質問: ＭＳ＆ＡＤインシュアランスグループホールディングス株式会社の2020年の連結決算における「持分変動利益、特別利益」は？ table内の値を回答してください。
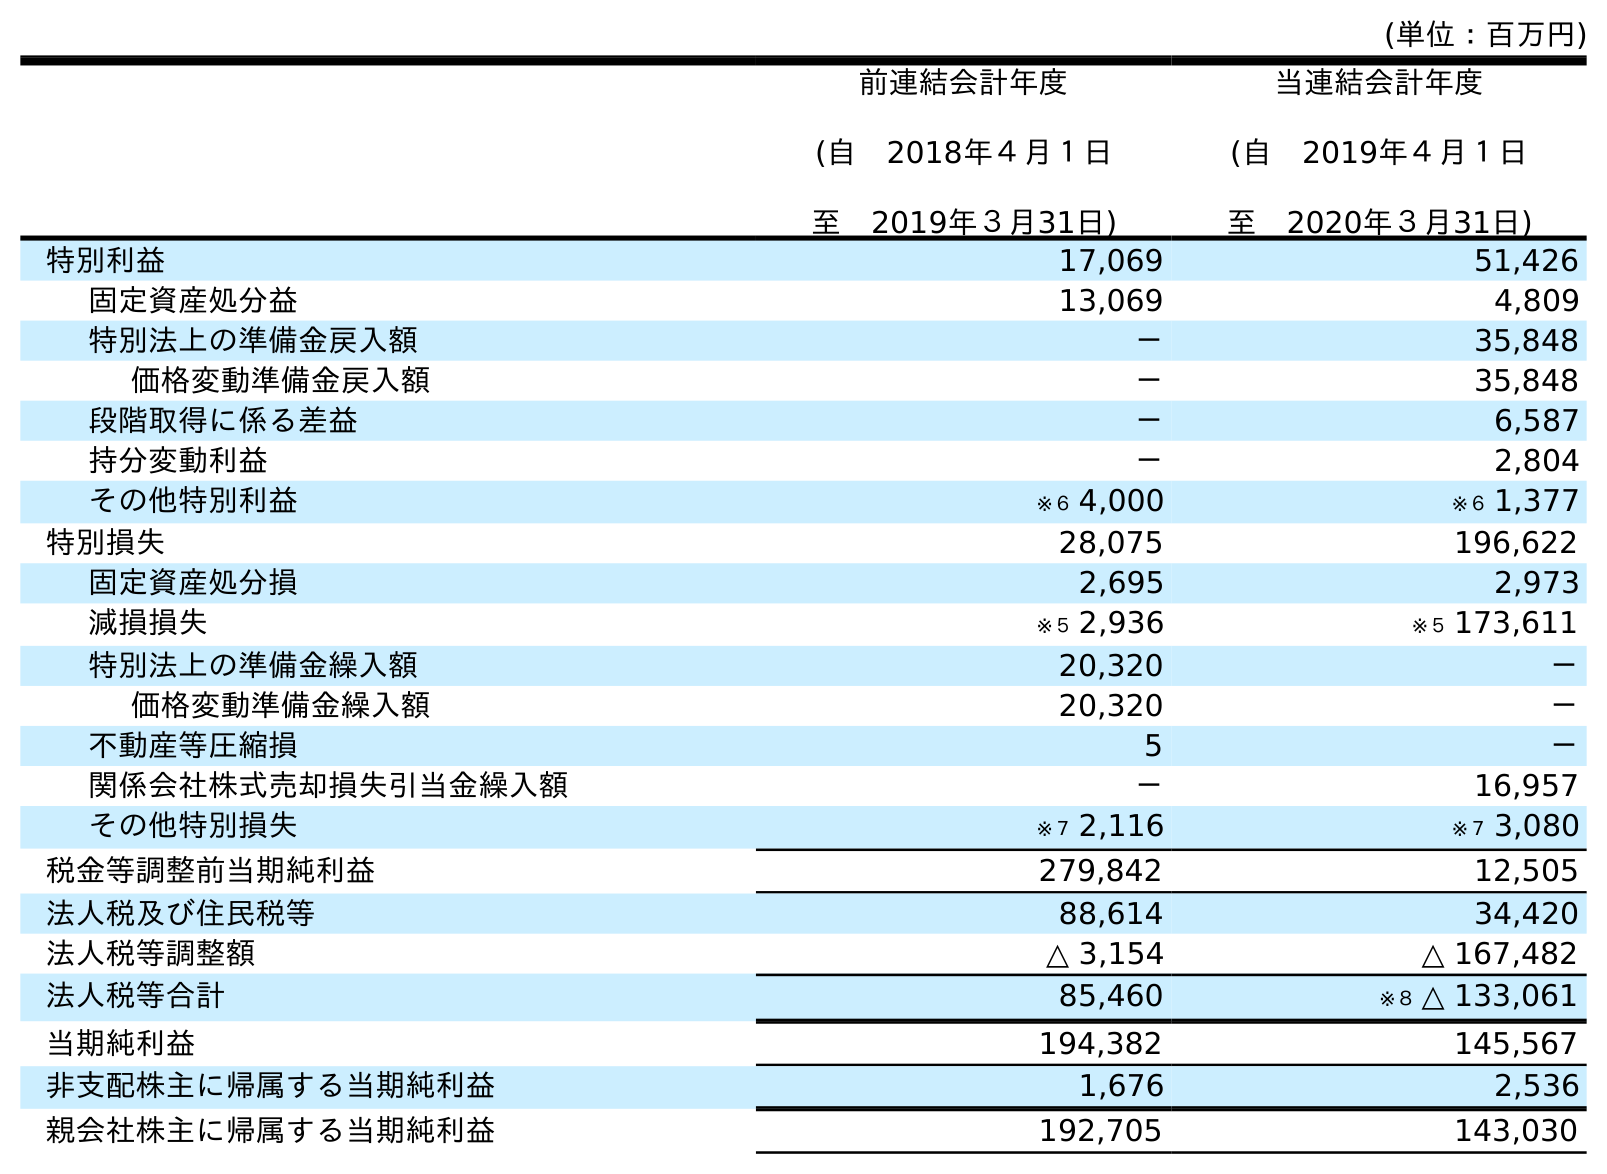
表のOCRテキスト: (単位：百万円) 前連結会計年度 (自 2018年４月１日 至 2019年３月31日) 当連結会計年度 (自 2019年４月１日 至 2020年３月31日) 特別利益 17,069 51,426 固定資産処分益 13,069 4,809 特別法上の準備金戻入額 － 35,848 価格変動準備金戻入額 － 35,848 段階取得に係る差益 － 6,587 持分変動利益 － 2,804 その他特別利益 ※６ 4,000 ※６ 1,377 特別損失 28,075 196,622 固定資産処分損 2,695 2,973 減損損失 ※５ 2,936 ※５ 173,611 特別法上の準備金繰入額 20,320 － 価格変動準備金繰入額 20,320 － 不動産等圧縮損 5 － 関係会社株式売却損失引当金繰入額 － 16,957 その他特別損失 ※７ 2,116 ※７ 3,080 税金等調整前当期純利益 279,842 12,505 法人税及び住民税等 88,614 34,420 法人税等調整額 △ 3,154 △ 167,482 法人税等合計 85,460 ※８ △ 133,061 当期純利益 194,382 145,567 非支配株主に帰属する当期純利益 1,676 2,536 親会社株主に帰属する当期純利益 192,705 143,030
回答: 2,804